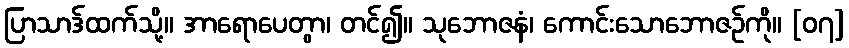
ပြာသာဒ်ထက်သို့။ အာရောပေတွာ၊ တင်၍။ သုဘောဇနံ၊ ကောင်းသောဘောဇဉ်ကို။ [၀၇]